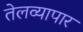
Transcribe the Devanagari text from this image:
तेलव्यापार